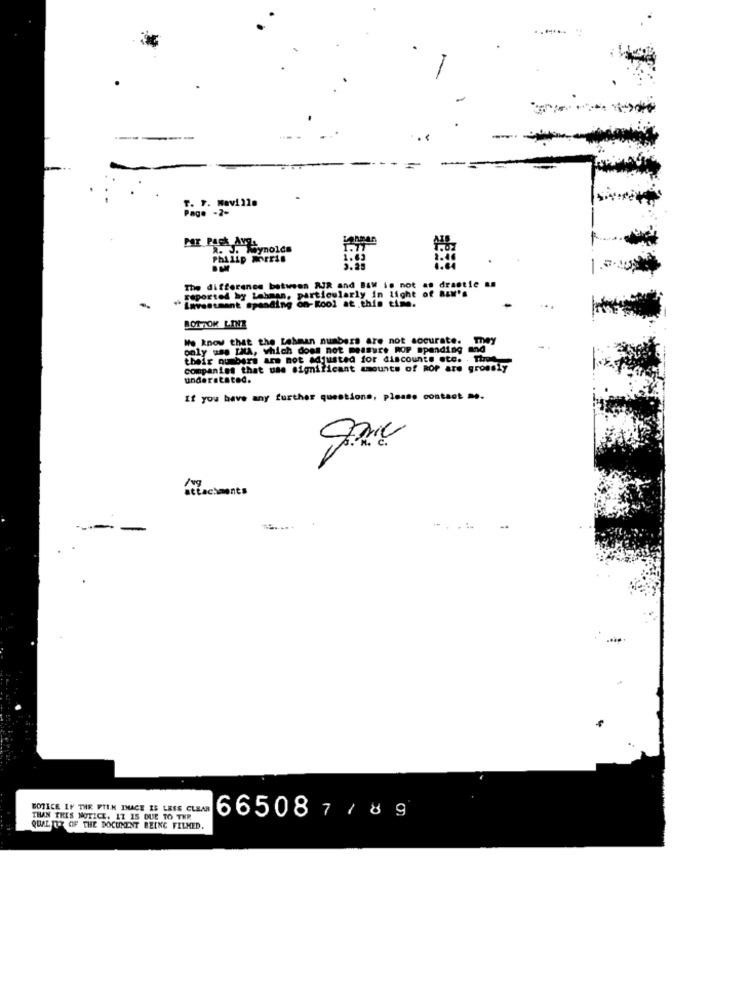
......
Per Pack AYLA
Philip morris
2.25
1.0.
The difference between PUR and Baw is not an drastle an
reported by Lahman, particularly in light of Ran's
Investment spending on-Kool at this time.
BOTTOM LINE
We know that the Lehman numbers are not socurate.
mey
only use INA, which does not measure ROP spending and
their numbers are not adjusted for discounts ete. . Thus
Companies that use significant amounts of ROP are grossly
understated.
If you have any further questions, please contact me.
attachments
. 1.
BOTICE LY THE FILM INACE IS LESS CLEAR
THAN THIS NOTICE. IT IS DUE TO THR
66508 7 / 8 9
QUALITY OF THE DOCUMENT BEING FILMED.